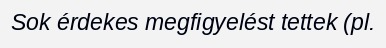
Sok érdekes megfigyelést tettek (pl.